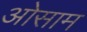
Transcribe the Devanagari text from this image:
ओसाम